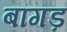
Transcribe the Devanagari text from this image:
बांगड़